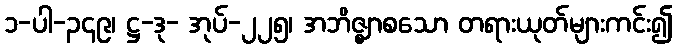
၁-ပါ-၃၄၉၊ ဋ္ဌ-ဒု- အုပ်-၂၂၅၊ အဘိဇ္ဈာစသော တရားယုတ်များကင်း၍